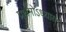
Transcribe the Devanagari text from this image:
प्रथमोऽध्यायः